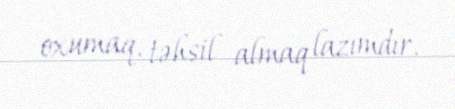
oxumaq, təhsil almaq lazımdır.